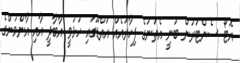
އޮޓޯ ސެންޓަރުން ބުނީ އެތަނުގެ ފިހާރައެއް އައްޑޫގައި ހުޅުވީ އާބާދީ އާއި އާންމުންގެ